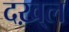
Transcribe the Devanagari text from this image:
दख़्ल